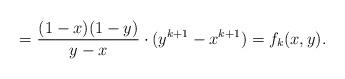
LaTeX: \begin{align*} = \frac{(1 - x)(1 - y)}{y - x} \cdot (y^{k + 1} - x^{k + 1}) = f_k(x, y). \end{align*}